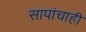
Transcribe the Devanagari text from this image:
सापांचाही